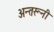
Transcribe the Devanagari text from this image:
अन्तरूनी